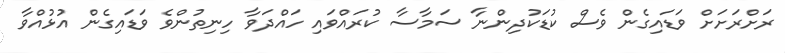
ރަށްރަށަށް ވަޑައިގެން ވެސް ކުޑަކުދިންނާ ސަމާސާ ކުރައްވައި ހައްދަވާ ހިނިތުންވެ ވަޑައިގެން އުޅުއްވާ